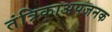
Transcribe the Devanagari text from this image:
तंत्रिकाअपजनक